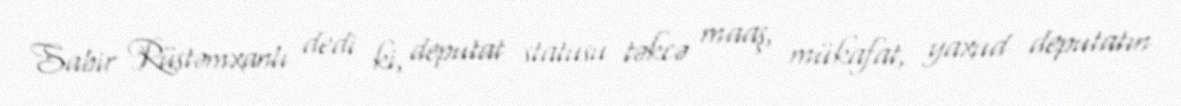
Sabir Rüstəmxanlı dedi ki, deputat statusu təkcə maaş, mükafat, yaxud deputatın